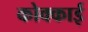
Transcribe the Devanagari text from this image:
कोक्काई